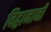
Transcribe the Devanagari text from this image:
विद्वानानी